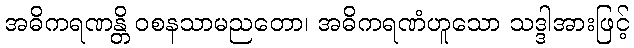
အဓိကရဏန္တိ ဝစနသာမညတော၊ အဓိကရဏံဟူသော သဒ္ဒါအားဖြင့်